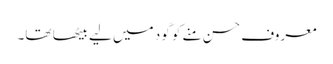
معروف حسن منے کو گود میں لیے بیٹھا تھا۔